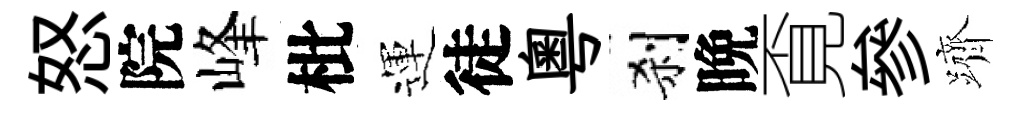
怒院峰枇運徒粤刹晩覔參躋